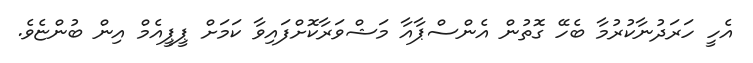
އެހީ ހަރަދުނާކުރުމާ ބެހޭ ގޮތުން އެންސްޕާއާ މަޝްވަރާކޮށްފައިވާ ކަމަށް ޕީޕީއެމް އިން ބުންޏެވެ.